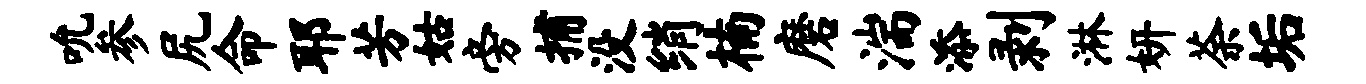
吮参尻命耶芳姑旁捕没绡楠磨湍添剥淋妍荼垢